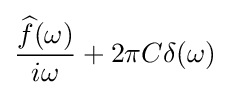
{\frac {{\widehat {f}}(\omega )}{i\omega }}+2\pi C\delta (\omega )